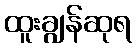
ထူးချွန်ဆုရ